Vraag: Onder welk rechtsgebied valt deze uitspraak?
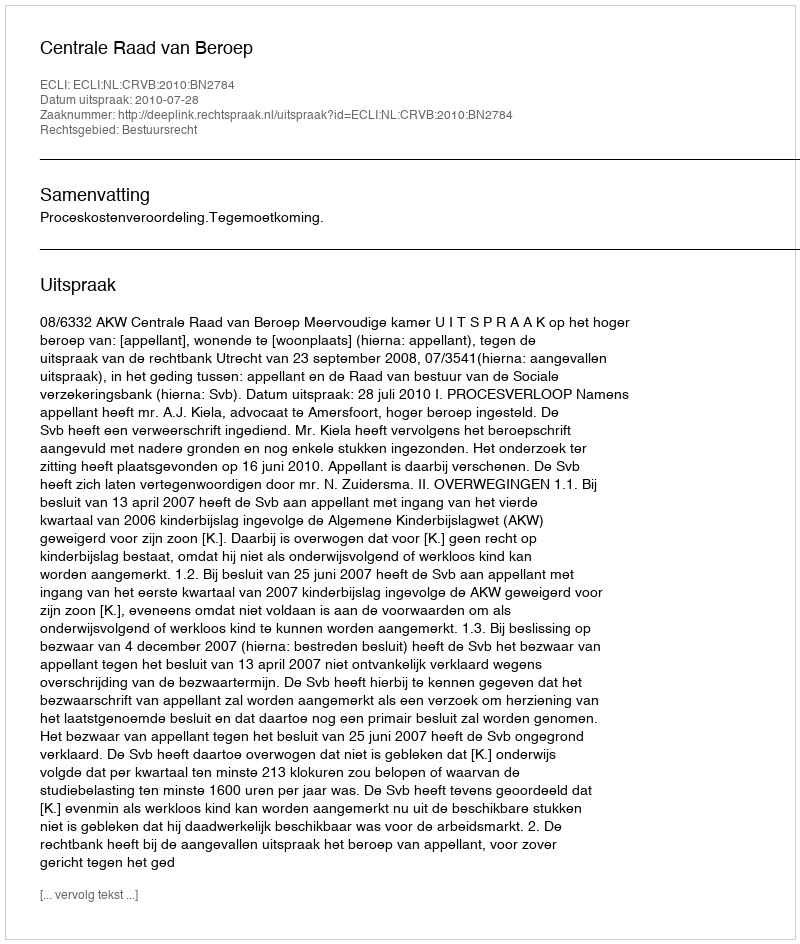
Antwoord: Bestuursrecht